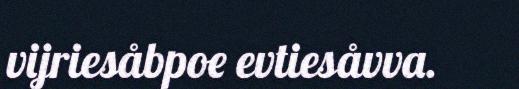
vijriesåbpoe evtiesåvva.